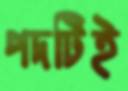
পদটিই